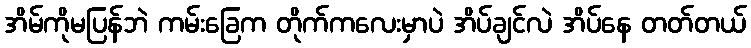
အိမ်ကိုမပြန်ဘဲ ကမ်းခြေက တိုက်ကလေးမှာပဲ အိပ်ချင်လဲ အိပ်နေ တတ်တယ်